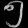
Digit: ၅